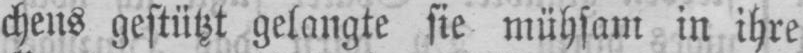
chens gestützt gelangte sie mühsam in ihre